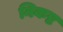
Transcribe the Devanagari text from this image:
निकष्ट